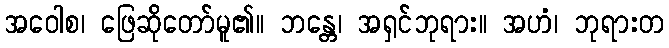
အဝေါစ၊ ဖြေဆိုတော်မူ၏။ ဘန္တေ၊ အရှင်ဘုရား။ အဟံ၊ ဘုရားတ